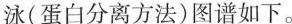
泳( 蛋白分离方法 )图谱如下。